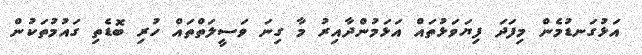
އަޅުގަނޑުމެން މިފަދަ ފިޔަވަޅުތައް އަޅަމުންދާއިރު މާ ގިނަ ވަސީލަތްތައް ހުރި ބޮޑެތި ގައުމުތަކުން